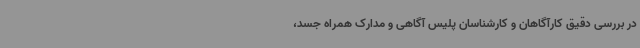
در بررسی دقیق کارآگاهان و کارشناسان پلیس آگاهی و مدارک همراه جسد،